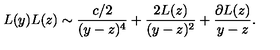
L ( y ) L ( z ) \sim \frac { c / 2 } { ( y - z ) ^ { 4 } } + \frac { 2 L ( z ) } { ( y - z ) ^ { 2 } } + \frac { \partial L ( z ) } { y - z } .